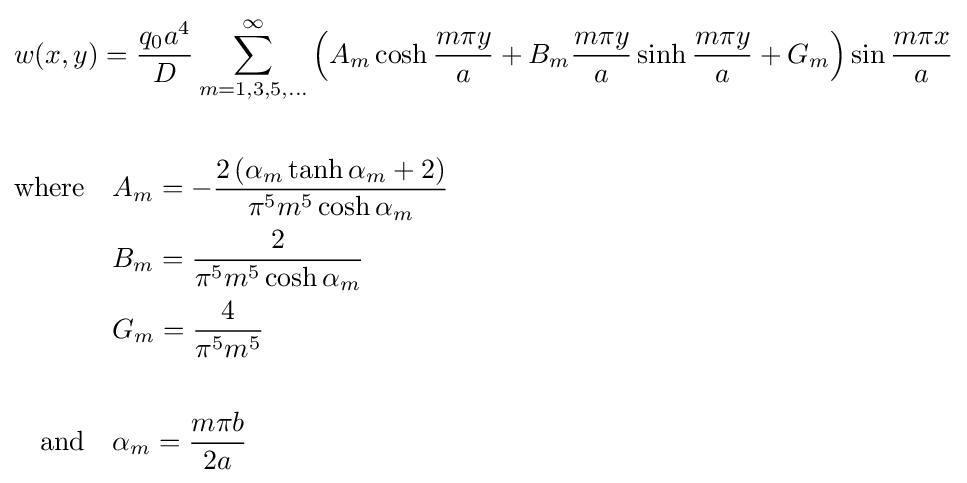
{\begin{aligned}&w(x,y)={\frac {q_{0}a^{4}}{D}}\sum _{m=1,3,5,...}^{\infty }\left(A_{m}\cosh {\frac {m\pi y}{a}}+B_{m}{\frac {m\pi y}{a}}\sinh {\frac {m\pi y}{a}}+G_{m}\right)\sin {\frac {m\pi x}{a}}\\\\&{\begin{aligned}{\text{where}}\quad &A_{m}=-{\frac {2\left(\alpha _{m}\tanh \alpha _{m}+2\right)}{\pi ^{5}m^{5}\cosh \alpha _{m}}}\\&B_{m}={\frac {2}{\pi ^{5}m^{5}\cosh \alpha _{m}}}\\&G_{m}={\frac {4}{\pi ^{5}m^{5}}}\\\\{\text{and}}\quad &\alpha _{m}={\frac {m\pi b}{2a}}\end{aligned}}\end{aligned}}